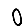
Digit: 0